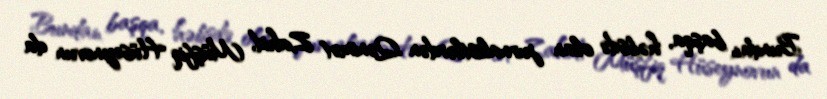
Bundan başqa, həbsdə olan jurnalistlərdən Qənimət Zahid, Müşfiq Hüseynovun da